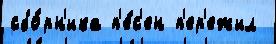
сбо́рн'ика п'е́с'ен п'ер'ежил